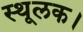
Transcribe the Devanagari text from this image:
स्थूलक।